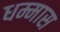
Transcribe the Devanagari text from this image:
धम्मास